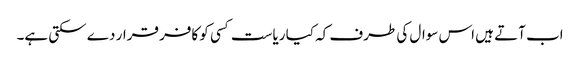
اب آتے ہیں اس سوال کی طرف کہ کیا ریاست کسی کو کافر قرار دے سکتی ہے۔